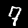
Label: 7